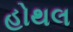
હોથલ